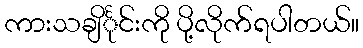
ကားသချိင်္ုင်းကို ပို့လိုက်ရပါတယ်။